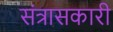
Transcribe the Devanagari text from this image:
संत्रासकारी